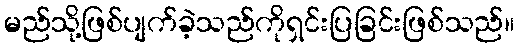
မည်သို့ဖြစ်ပျက်ခဲ့သည်ကိုရှင်းပြခြင်းဖြစ်သည်။